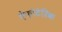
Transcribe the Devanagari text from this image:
ऐंफ़ोटेरिक